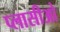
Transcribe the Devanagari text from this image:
प्लासीओ